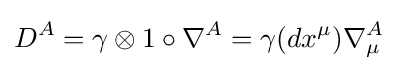
D^{A}=\gamma \otimes 1\circ \nabla ^{A}=\gamma (dx^{\mu })\nabla _{\mu }^{A}